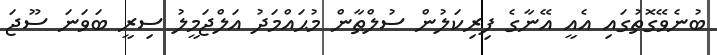
ބުނެވޭގޮތުގައި އެއީ އޭނާގެ ފިރިކަލުން ސުލްޠާން މުޙައްމަދު އަލްޖަމީލު ސިރީ ބަވަނަ ސޫޖަ